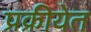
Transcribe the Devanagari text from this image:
प्रक्रीयेत